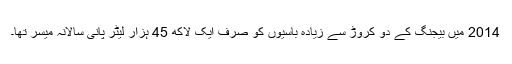
2014 میں بیجنگ کے دو کروڑ سے زیادہ باسیوں کو صرف ایک لاکھ 45 ہزار لیٹر پانی سالانہ میسر تھا۔